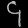
Digit: ၄